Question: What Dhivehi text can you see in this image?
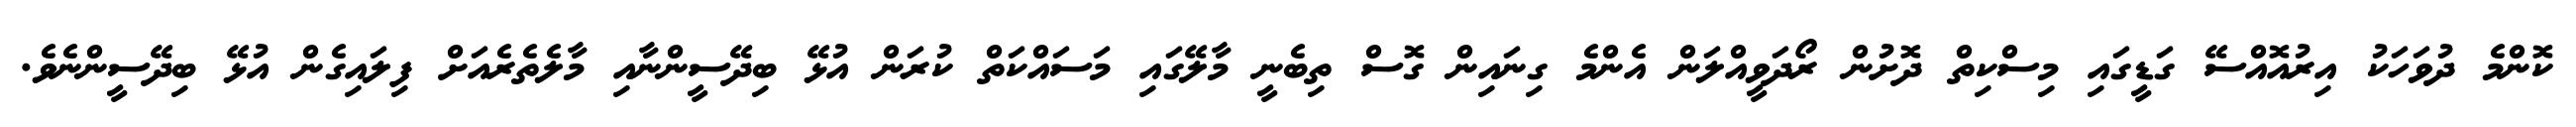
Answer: ކޮންމެ ދުވަހަކު އިރުއޮއްސޭ ގަޑީގައި މިސްކިތް ދޮށުން ރޯދަވީއްލަން އެންމެ ގިނައިން ގޮސް ތިބެނީ މާލޭގައި މަސައްކަތް ކުރަން އުޅޭ ބިދޭސީންނާއި މާލެތެރެއަށް ފިލައިގެން އުޅޭ ބިދޭސީންނެވެ.